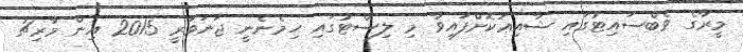
މީރާގެ ވެބްސައިޓުގައި ޝާއިޢުކޮށްފައިވާ މި ލިސްޓުގައި ހިމެނެނީ ޖަނަވަރީ 2015 އިން މާރިޗު